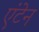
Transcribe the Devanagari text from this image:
एंटेन